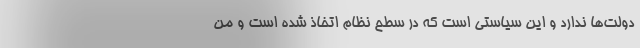
دولت‌ها ندارد و این سیاستی است که در سطح نظام اتخاذ شده است و من